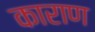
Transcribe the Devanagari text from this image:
काराण